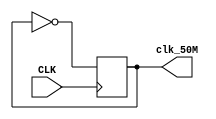
module clk_50M(
    input CLK,
    output reg clk_50M
    );
    initial begin
        clk_50M=0;
    end
    always @(posedge CLK) begin
        clk_50M=~clk_50M;
    end
endmodule